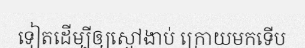
ទៀតដើម្បីឲ្យស្មៅងាប់ ក្រោយមកទើប